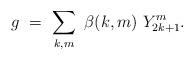
LaTeX: \begin{align*}g\ =\ \sum_{k,m}\ \beta(k,m)\ Y_{2k+1}^{m}.\end{align*}